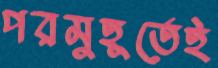
পরমুহূর্তেই